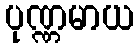
ပုဏ္ဏမာယ